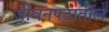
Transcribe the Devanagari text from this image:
जीवनपटातील